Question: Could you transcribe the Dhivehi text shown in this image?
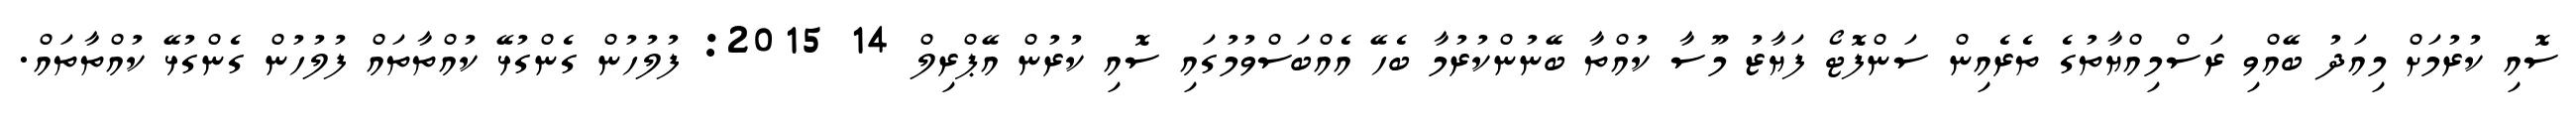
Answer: ސޮއި ކުރުމަށް މިއަދު ބޭއްވި ރަސްމިއްޔާތުގެ ތެރެއިން ސަންފޮޓޯ ފަޔާޒު މޫސާ ކުއްތާ ބޭނުންކުރުމާ ބެހޭ އެއްބަސްވުމުގައި ސޮއި ކުރުން އޭޕްރިލް 14 2015: ފުލުހުން ގެންގުޅޭ ކުއްތާތައް ފުލުހުން ގެންގުޅޭ ކުއްތާތައް.